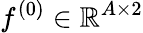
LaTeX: f^{(0)}\in\mathbb{R}^{A\times 2}